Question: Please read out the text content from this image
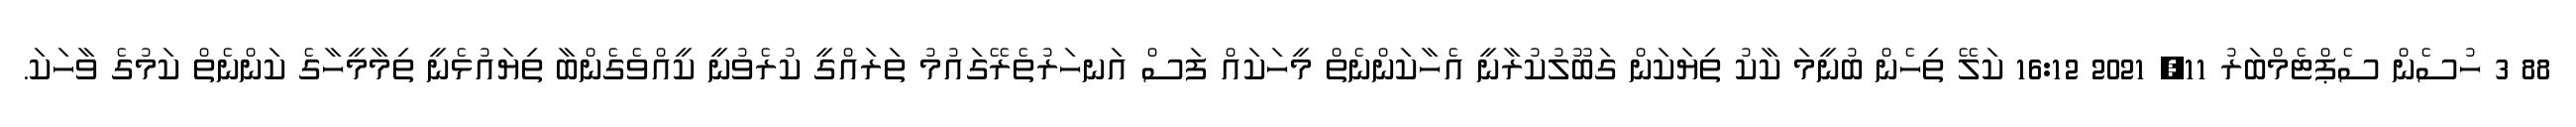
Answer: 88 3 ހުސެން ސެޕްޓެމްބަރު 11, 2021 16:12 ކަލޭ ތިހެން ބުނީމަ ކާކު ތިޔަކަން ގަބޫލުކުރާނީ އެހާކަންނެތް މީހަކައް ފަސް އަނހަރުތެރޭގައުމު ތަރައްގީ ކުރެވުނީ ކީއްވެގެންބާ ތިޔައުޅެނީ ތިމާމީހާގެ ކަންނެތް ކަމުގެ ވާހަކަ.